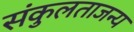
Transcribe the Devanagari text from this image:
संकुलताजन्य